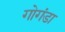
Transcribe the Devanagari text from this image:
गोगंडा